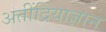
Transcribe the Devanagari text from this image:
अतींद्रियाज्ञान